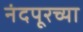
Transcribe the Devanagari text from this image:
नंदपूरच्या